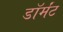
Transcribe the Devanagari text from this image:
डॉर्मंट